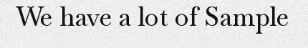
We have a lot of Sample